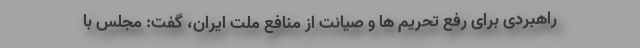
راهبردی برای رفع تحریم ها و صیانت از منافع ملت ایران، گفت: مجلس با